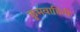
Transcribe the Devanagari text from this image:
कूमवाहिनी